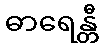
ဓာရေန္တီ